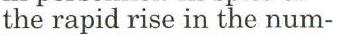
the rapid rise in the num-